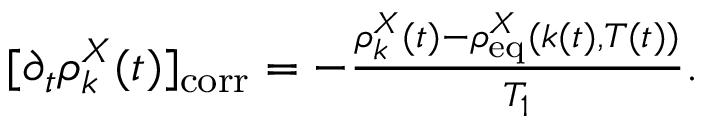
\begin{array} { r } { [ \partial _ { t } \rho _ { k } ^ { X } ( t ) ] _ { \mathrm { c o r r } } = - \frac { \rho _ { k } ^ { X } ( t ) - \rho _ { \mathrm { e q } } ^ { X } ( k ( t ) , T ( t ) ) } { T _ { 1 } } . } \end{array}